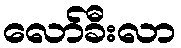
လော်ခီးလာ